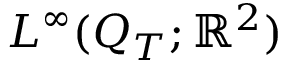
L ^ { \infty } ( Q _ { T } ; \mathbb { R } ^ { 2 } )